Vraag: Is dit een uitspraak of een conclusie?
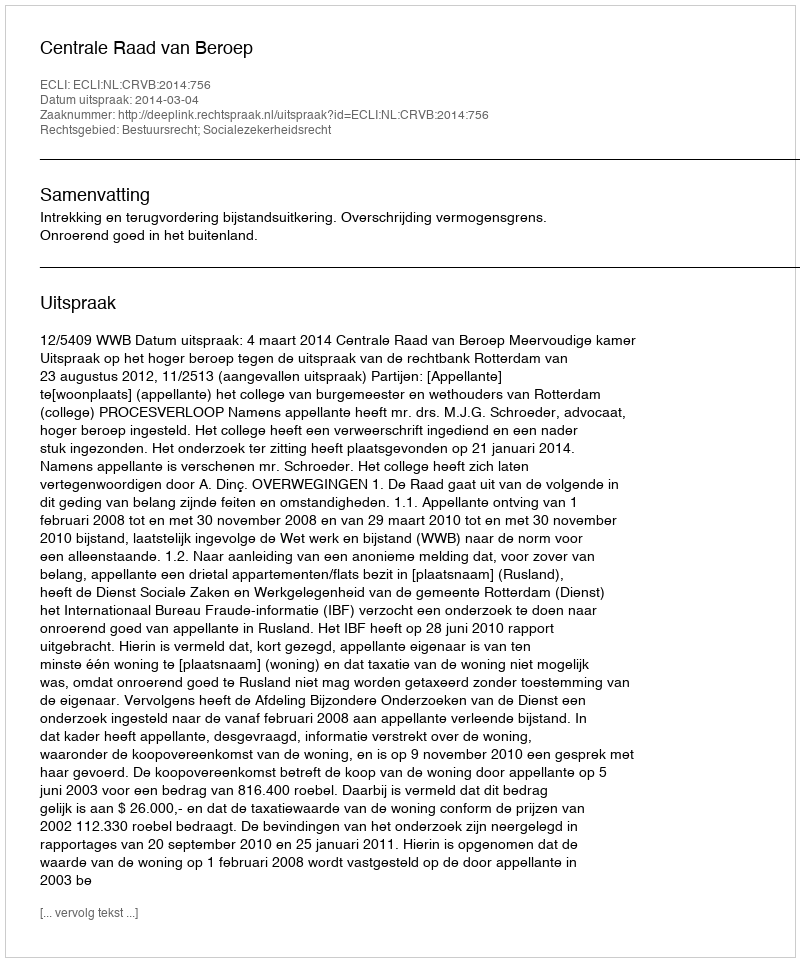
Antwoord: Uitspraak